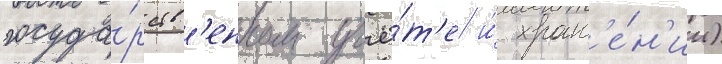
госуда́рств'енном учё́т'е и́ хран'е́н'ии)